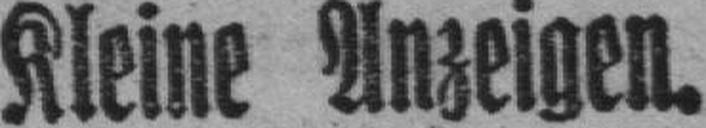
Kleine Anzeigen.